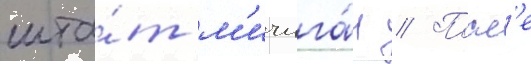
шта́т м'ичига́н // Посл'е